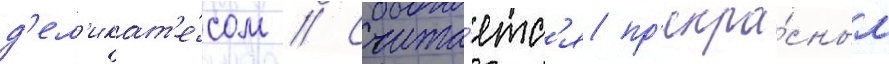
д'ел'икат'е́сом // Счита́етс'я пр'екра́сным